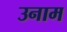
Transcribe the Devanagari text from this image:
उनाम